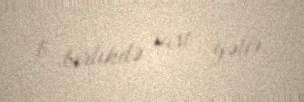
b. birlikdə rast gəlir.